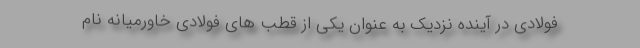
فولادي در آينده نزديك به عنوان يكي از قطب هاي فولادي خاورميانه نام